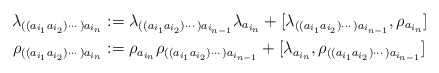
\begin{align*}\lambda_{((a_{i_1}a_{i_2})\cdots) a_{i_n}} &:= \lambda_{((a_{i_1}a_{i_2})\cdots )a_{i_{n-1}}} \lambda_{a_{i_n}} + [\lambda_{((a_{i_1}a_{i_2})\cdots )a_{i_{n-1}}},\rho_{a_{i_n}}]\cr\rho_{((a_{i_1}a_{i_2})\cdots) a_{i_n}} &:= \rho_{a_{i_n}} \rho_{((a_{i_1}a_{i_2})\cdots )a_{i_{n-1}}} + [\lambda_{a_{i_n}}, \rho_{((a_{i_1}a_{i_2})\cdots )a_{i_{n-1}}}]\end{align*}